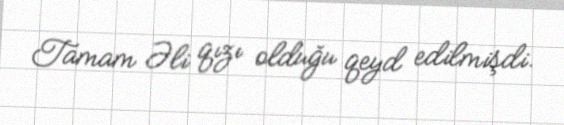
Tamam Əli qızı olduğu qeyd edilmişdi.